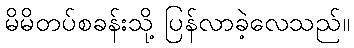
မိမိတပ်စခန်းသို့ ပြန်လာခဲ့လေသည်။